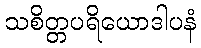
သစိတ္တပရိယောဒါပနံ